Trukikaitis_Postimees, lk 78
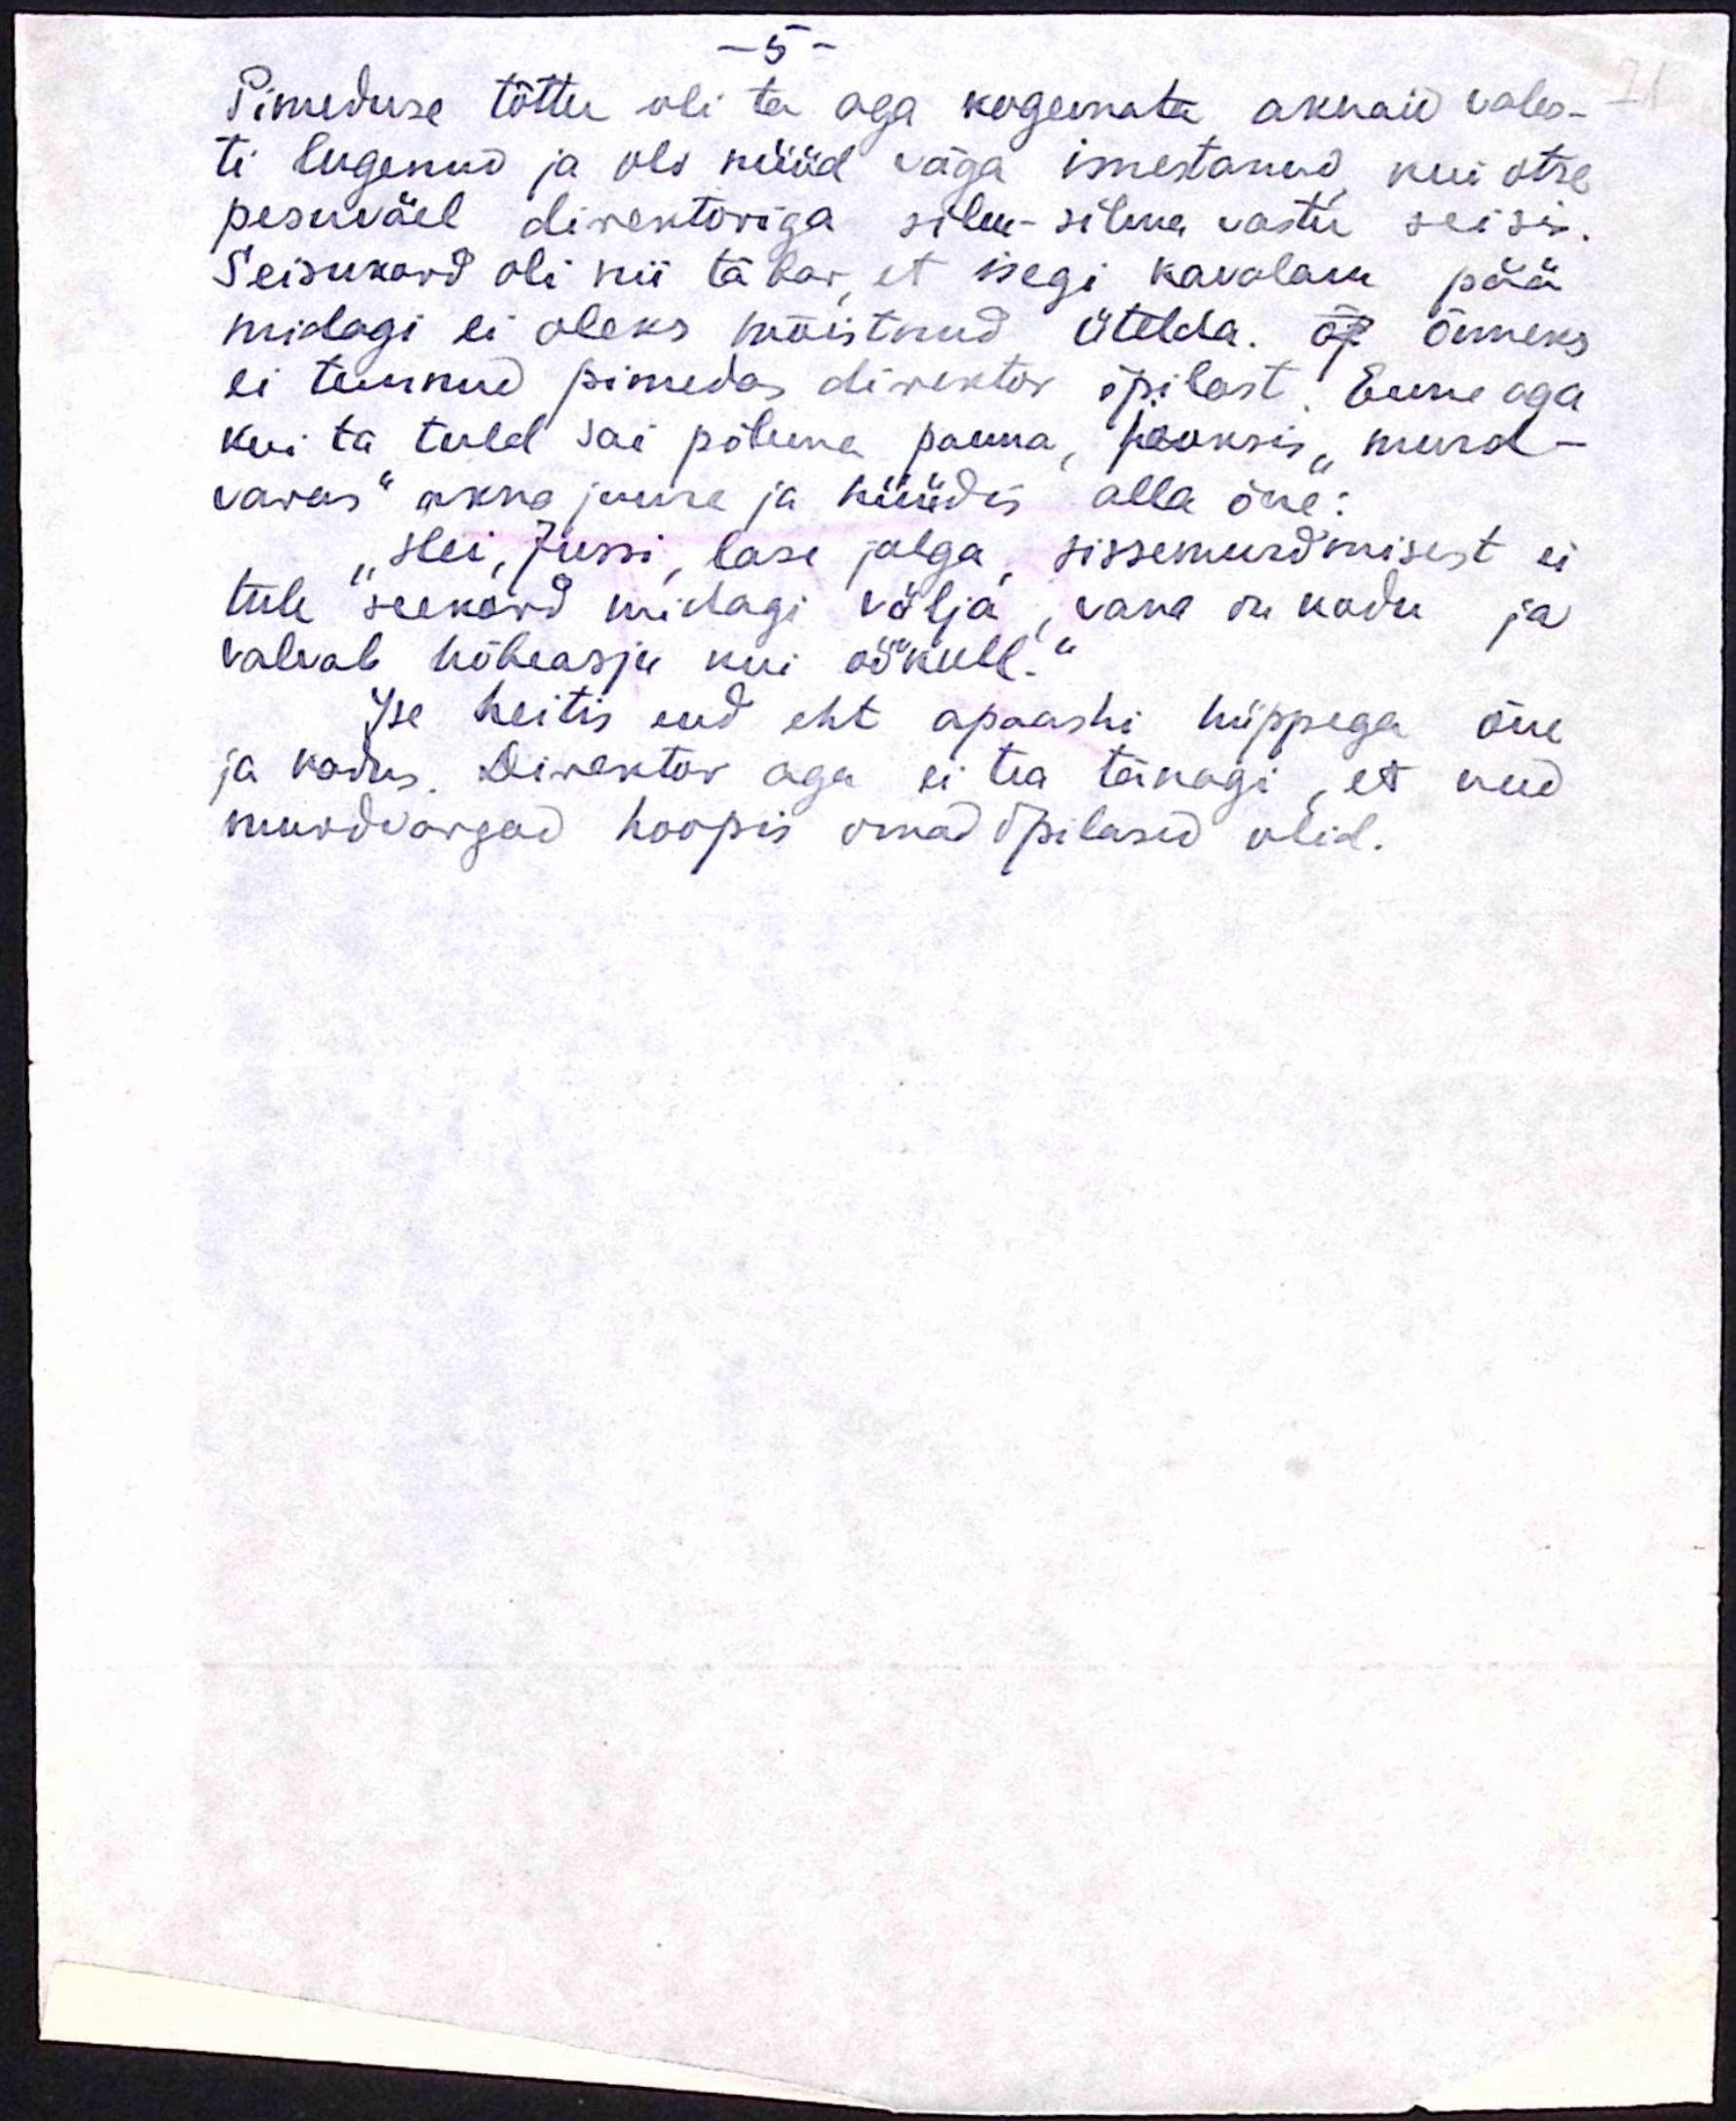
71

– 5 –
Pimeduse tõttu oli ta aga kogemata aknaid vales-
ti lugenud ja oli nüüd väga imestanud, kui otse
pesuväel direktoriga silm-silma vastu seisis.
Seisukord oli nii täbar, et isegi kavalam pää
midagi ei oleks mõistnud ütelda. õp õnneks
ei tunnud pimedas direktor õpilast. Enne aga
kui ta tuld sai põlema panna, jooksis "murd-
varas" akna juure ja hüüdis alla õue:
„Hei, Jussi, lase jalga sissemurdmisest ei
tule seekord midagi välja, vana on kodu ja
valvab hõbeasju kui öökull.“
Ise heitis end eht apaashi hüppega õue
ja kadus. Direktor aga ei tea tänagi, et need
murdvargad hoopis omad õpilased olid.